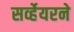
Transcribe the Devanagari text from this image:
सर्व्हेयरने